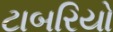
ટાબરિયો